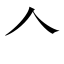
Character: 𠆢